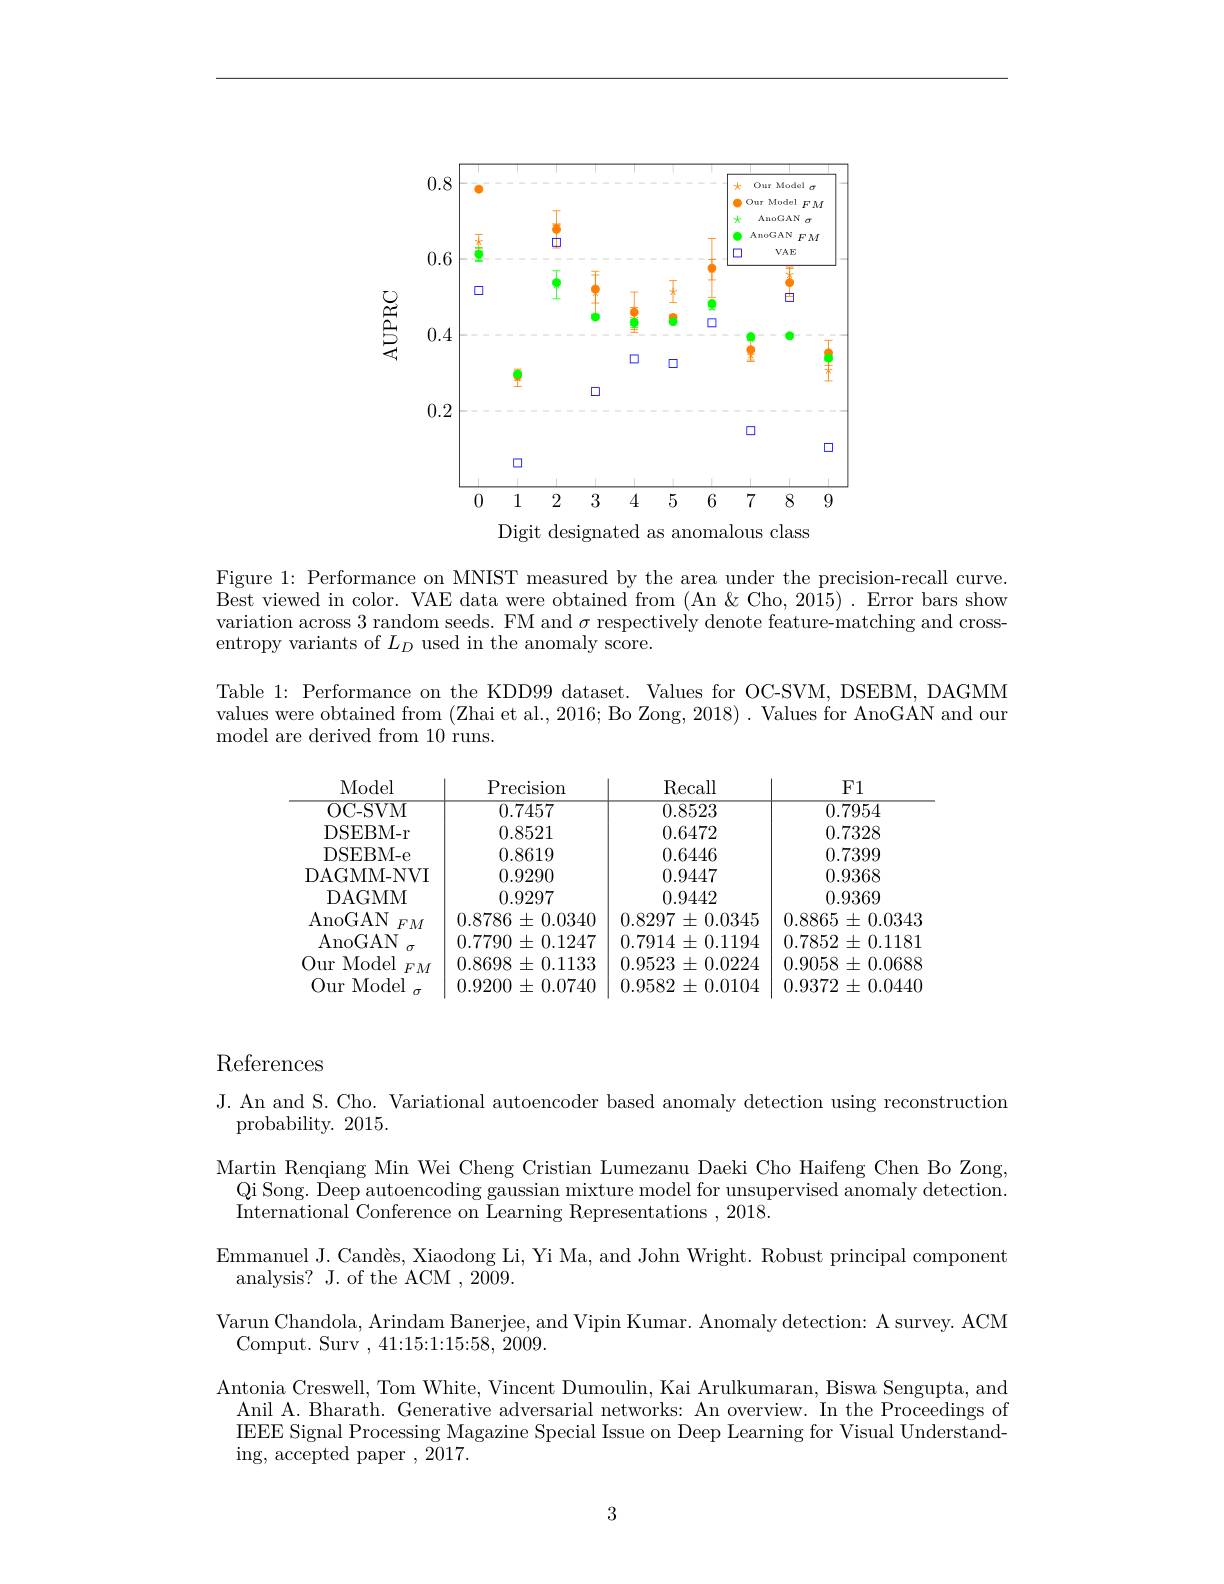
<FigureHere>
Digit designated as anomalous class

Figure 1: Performance on MNIST measured by the area under the precision-recall curve. Best viewed in color. VAE data were obtained from (An &Cho, 2015) .Error bars show variation across 3 random seeds. FM and $\sigma$ respectively denote feature-matching and crossentropy variants of $L_D$ used in the anomaly score.
Table 1: Performance on the KDD99 dataset. Values for OC-SVM, DSEBM, DAGMM values were obtained from (Zhai et al., 2016; Bo Zong, 2018) . Values for AnoGAN and our model are derived from 10 runs.

<FigureHere>

References

J. An and S. Cho. Variational autoencoder based anomaly detection using reconstruction
probability. 2015.
Martin Renqiang Min Wei Cheng Cristian Lumezanu Daeki Cho Haifeng Chen Bo Zong,
Qi Song. Deep autoencoding gaussian mixture model for unsupervised anomaly detection.
International Conference on Learning Representations , 2018.
Emmanuel J. Candès, Xiaodong Li, Yi Ma, and John Wright. Robust principal component
analysis? J. of the ACM , 2009.
Varun Chandola, Arindam Banerjee, and Vipin Kumar. Anomaly detection: A survey. ACM
Comput. Surv ,41{:}15{:}1{:}15{:}58,2009.
Antonia Creswell, Tom White, Vincent Dumoulin, Kai Arulkumaran, Biswa Sengupta, and
Anil A. Bharath. Generative adversarial networks: An overview. In the Proceedings of IEEE Signal Processing Magazine Special Issue on Deep Learning for Visual Understanding, accepted paper ,2017.

3